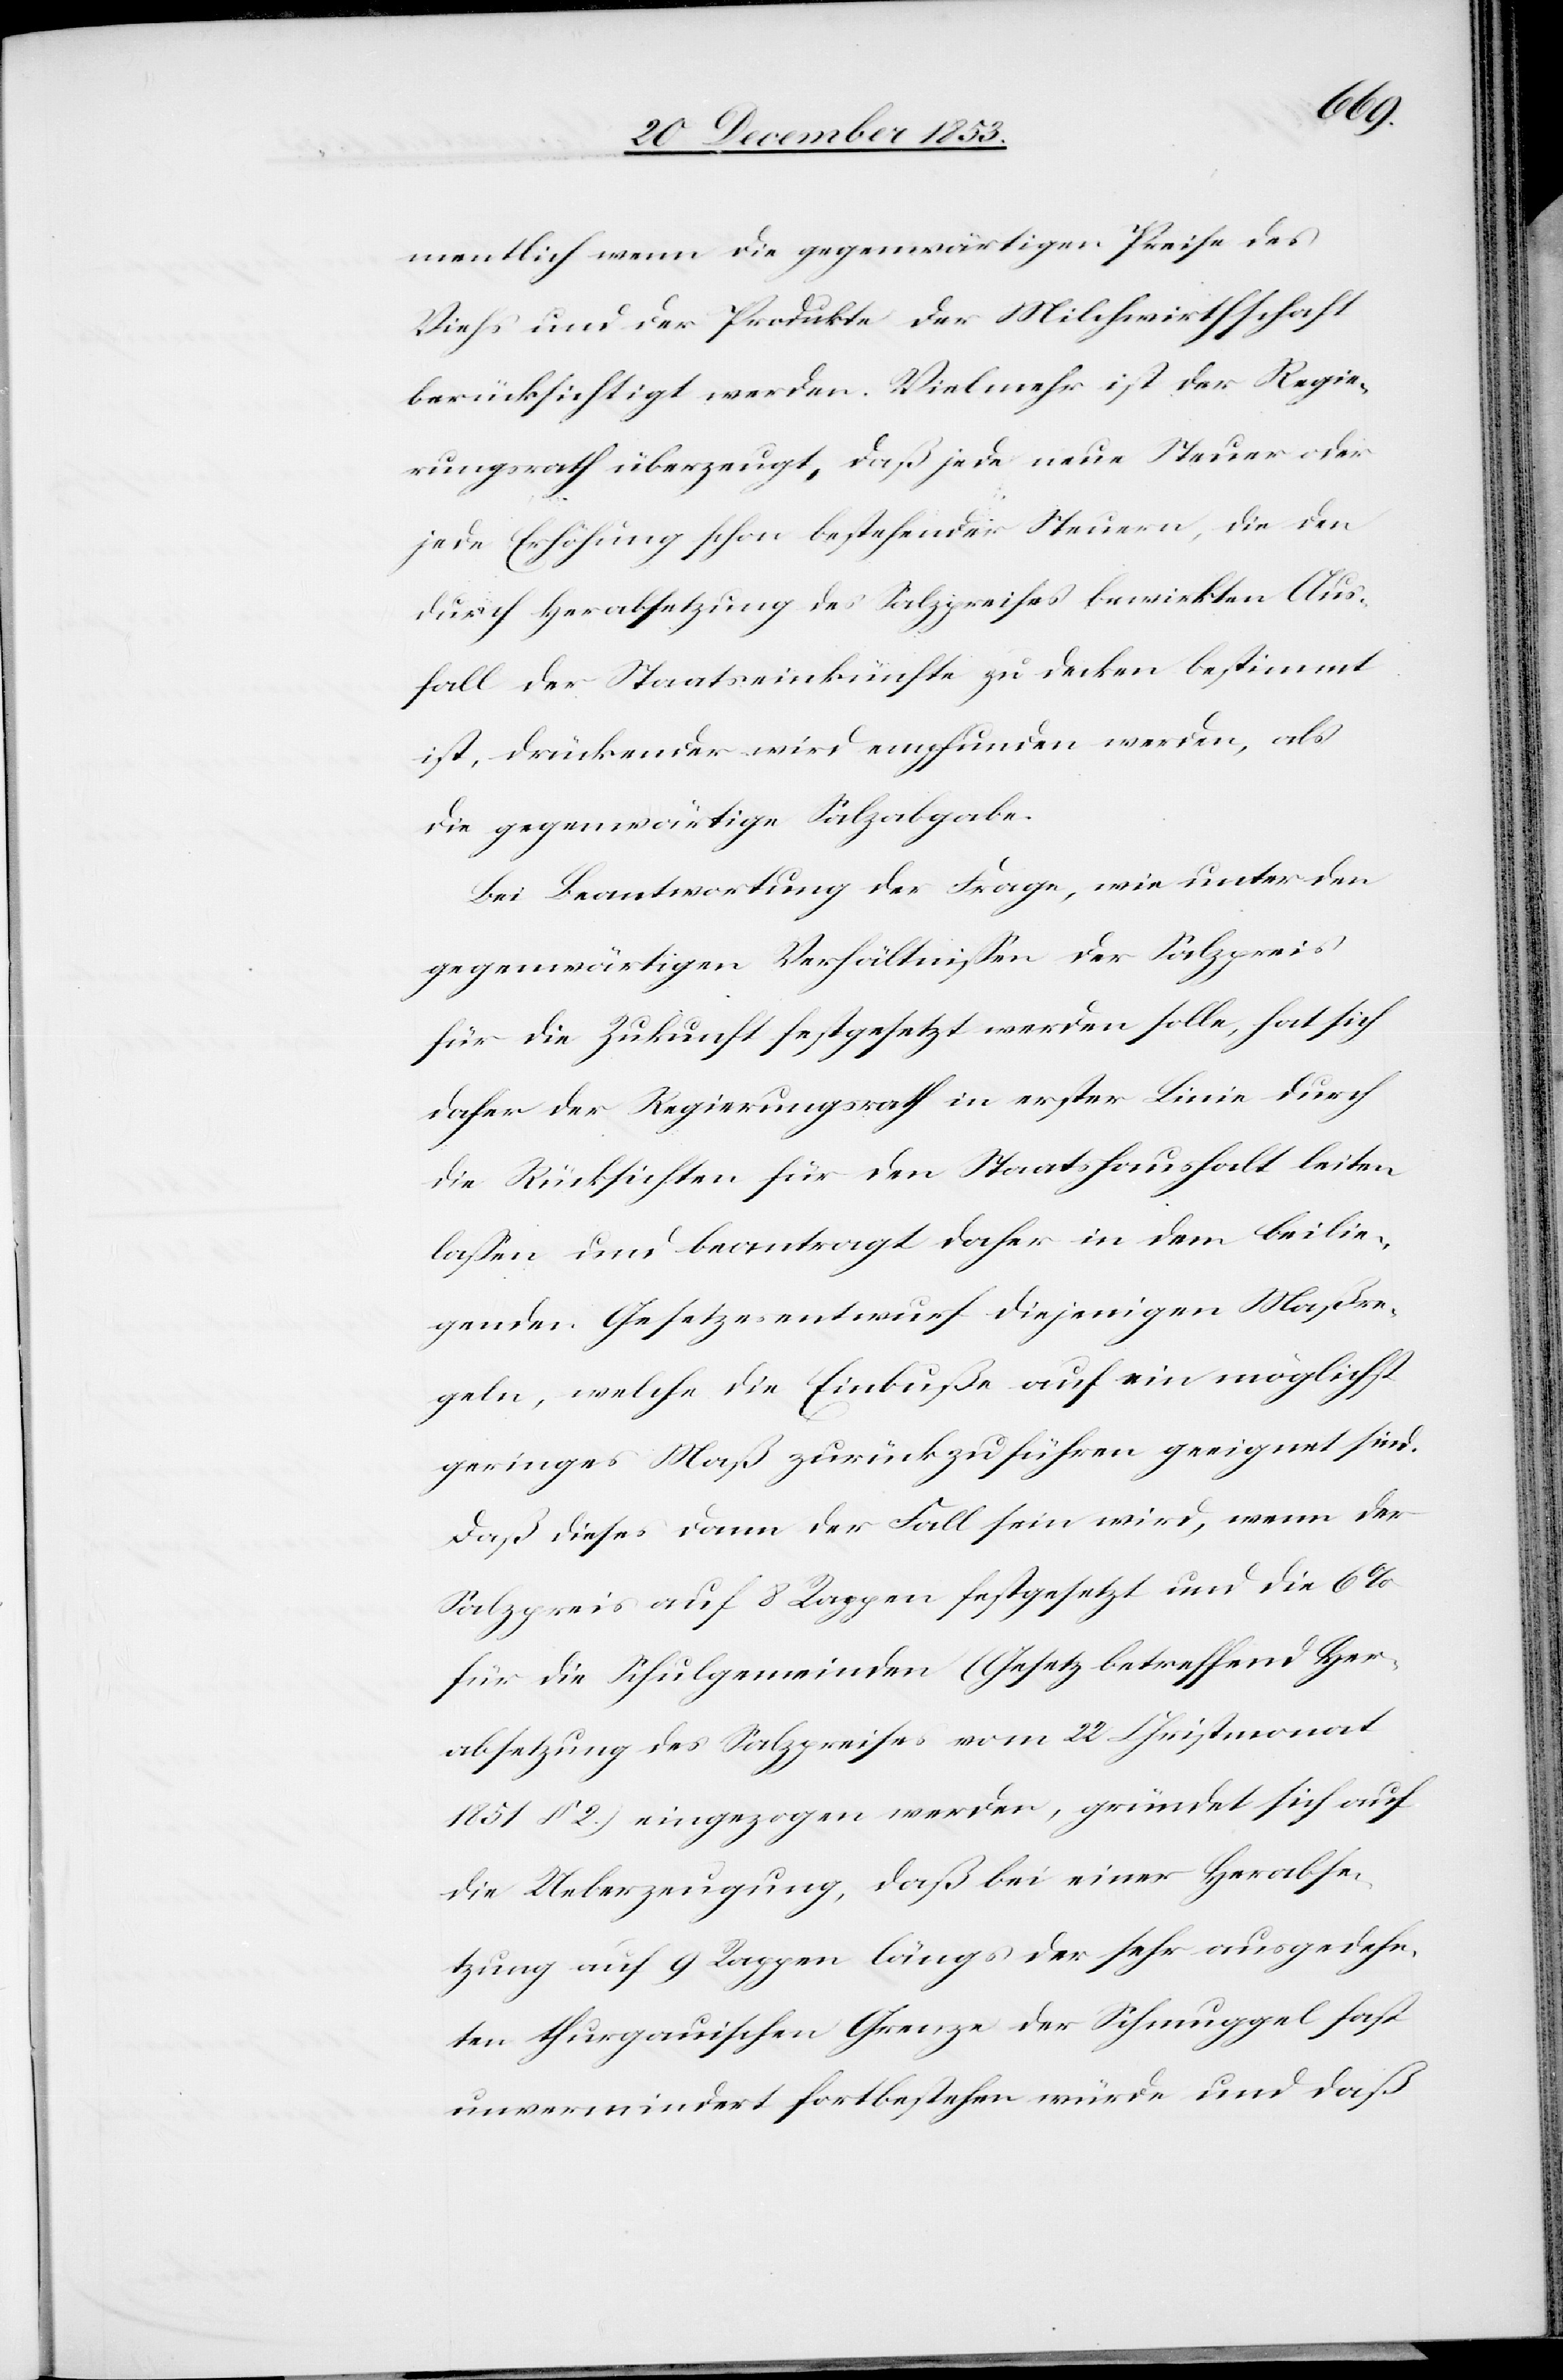
mentlich wenn die gegenwärtigen Preise des
Viehs und der Produkte der Milchwirthschaft
berücksichtigt werden. Vielmehr ist der Regie¬
rungsrath überzeugt, daß jede neue Steuer oder
jede Erhöhung schon bestehender Steuern, die den
durch Herabsetzung des Salzpreises bewirkten Aus¬
fall der Staatseinkünfte zu decken bestimmt
ist, drückender wird empfunden werden, als
die gegenwärtige Salzabgabe.
Bei Beantwortung der Frage, wie unter den
gegenwärtigen Verhältnißen der Salzpreis
für die Zukunft festgesetzt werden solle, hat sich
daher der Regierungsrath in erster Linie durch
die Rücksichten für den Staatshaushalt leiten
laßen und beantragt daher in dem beilie¬
genden Gesetzesentwurf diejenigen Maßre¬
geln, welche die Einbuße auf ein möglichst
geringes Maß zurückzuführen geeignet sind.
Daß dieses dann der Fall sein wird, wenn der
Salzpreis auf 8 Rappen festgesetzt und die 6%
für die Schulgemeinden (Gesetz betreffend Her¬
absetzung des Salzpreises vom 22 Christmonat
1851 § 2) eingezogen werden, gründet sich auf
die Ueberzeugung, daß bei einer Herabse¬
tzung auf 9 Rappen längs der sehr ausgedehn¬
ten thurgauischen Grenze der Schmuggel fast
unvermindert fortbestehen würde und daß